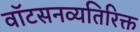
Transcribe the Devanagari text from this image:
वॉटसनव्यतिरिक्त